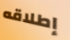
إطلاقه